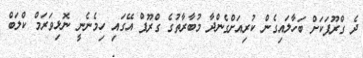
ދެ ގްރޫޕަކަށް ބަހާލައިގެން ކުރިއަށްގެންދާ މުބާރާތުގެ ގްރޫޕް އޭގައި ހިމެނެނީ ނޮޅިވަރަމް ކްލަބް